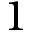
1